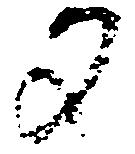
文